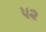
પ૨